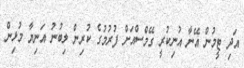
އަދި ޓީމުން އޭނާ އުނިކުރީ ގޭމްސްއަށް ފުރުމުގެ ކުރިން ލިބުނު އަނިޔާ މުޅިން